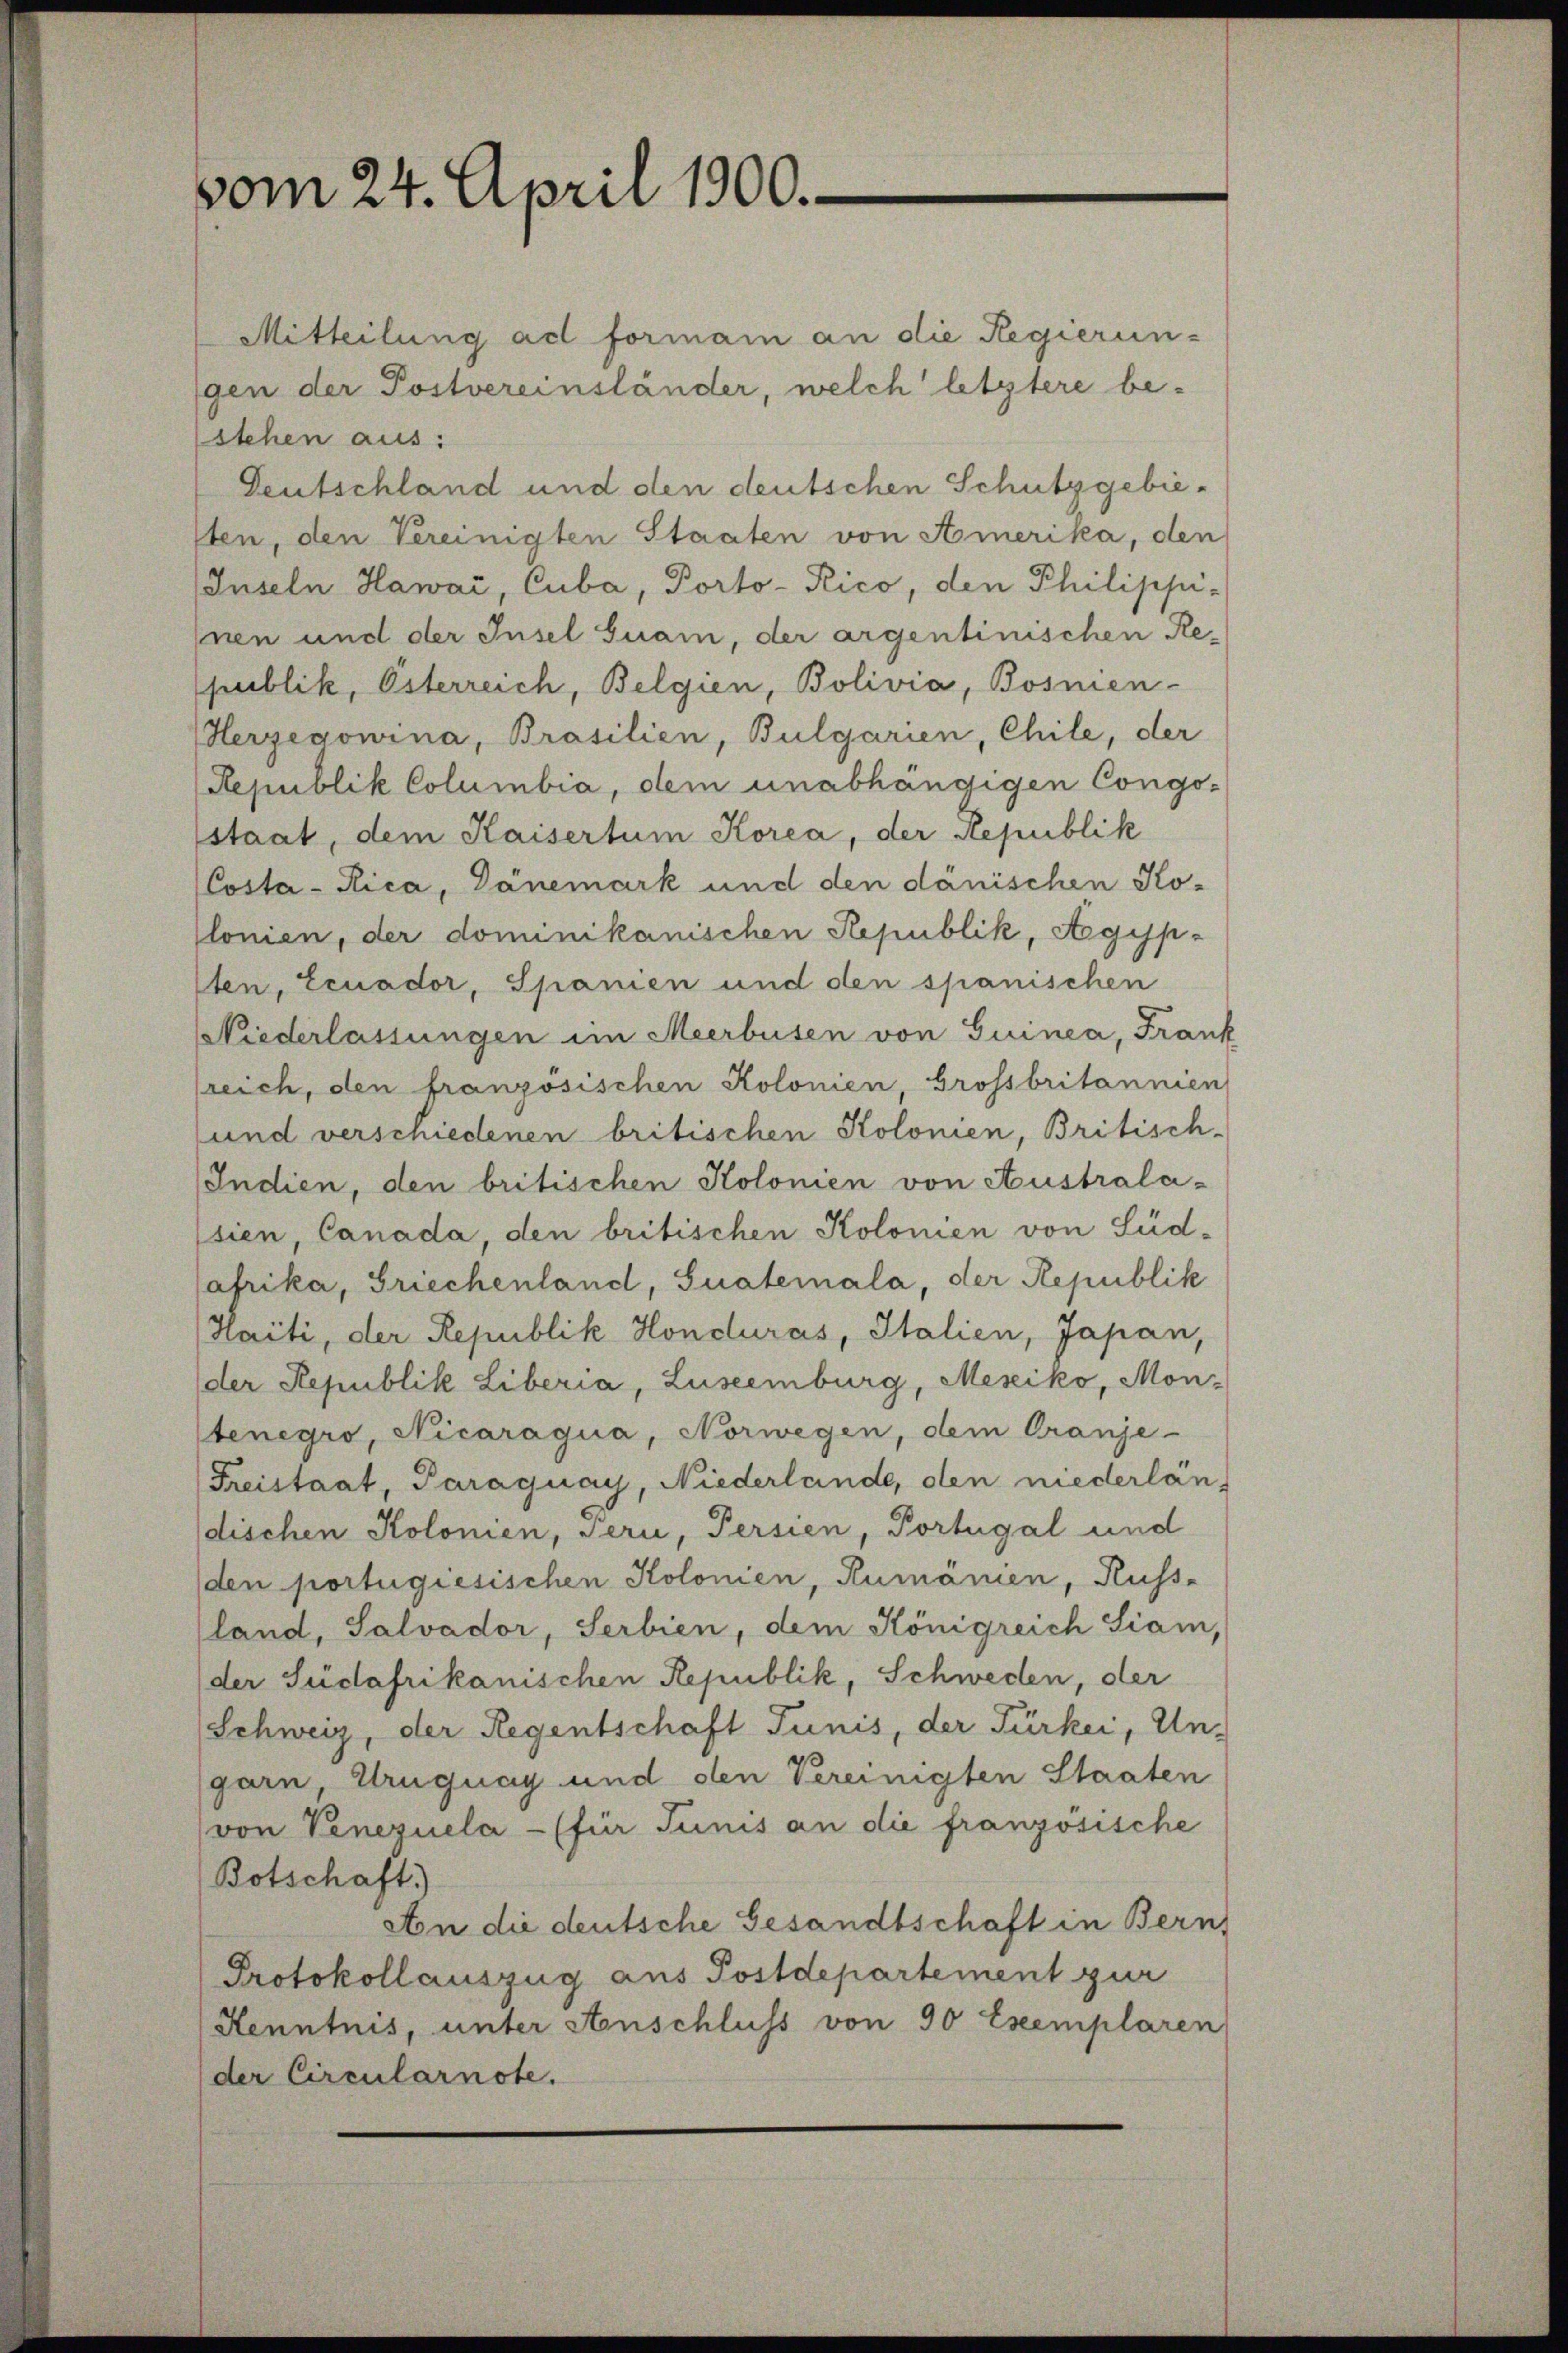
vom 24. April 1900.

Mitteilung all formann an die Regierun-
gen der Postvereinständer, welch letztere bestehen aus:
Deutschland und den deutschen Schutzgebieften, den Vereinigten Staaten von Amerika, den
Inseln Hawai, Cuba, Porto-Kico, den Philippi-
Inen und der Insel Guam, der argentinischen Republik, Österreich, Belgien, Bolivia, Bosnien-
Herzegowina, Brasilien, Bulgarien, Chile, der
Republik Columbia, dem unabhängigen Congo-
staat, dem Kaisertum Korea, der Republik
Costa-Rica, Dänemark und den dänischen Ko-
slonien, der dominikanischen Republik, Agisplten, teuador, Spanien und den spanischen
Niederlassungen im Meerbusen von Guinea, Frank
lreich, den französischen Kolonien, Grossbritannien
und verschiedenen britischen Kolonien, Britisch-
Indien, den britischen Kolonien von Australa-
sien, Canada, den britischen Kolonien von Süd-
afrika, Griechenland, Suaterala, der Republik
Haiti, der Republik Honduras, Italien, Japan,
der Republik Liberia, Luseemburg, Mesiko, Montenegro, Nicaragua, Norwegen, dem Oranje-
Freistaat, Paraguay, Niederlande, den niederländischen Kolonien, Seri, Persien, Portugal und
den portugiesischen Kolonien, Rumänien, Kuss-
(land, Salvador, Serbien, dem Königreich Siam,
der Südafrikanischen Republik, Schweden, der
Schweiz, der Regentschaft Tunis, der Türkei, Un-
garn, Uruguay und den Vereinigten Staaten
(von Venezuela - (für Junis an die französische
Botschaft)
An die deutsche Gesandtschaft in Bern,
Protokollauszug aus Postdepartement zur
Kenntnis, unter Anschluss von 90 Exemplaren
der Circularnote.